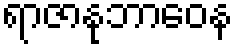
ရာဇာနုဘာဝေန